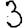
Digit: 3